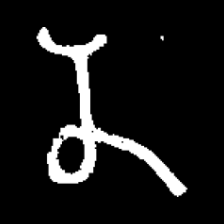
Pyu character \u2014 Myanmar letter: န (romanized: na)